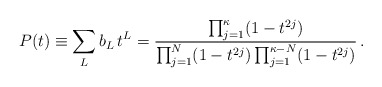
\begin{align*}P(t) \equiv \sum_L b_L \, t^L = \frac{\prod_{j=1}^\kappa (1-t^{2j})} {\prod_{j=1}^N (1-t^{2j}) \prod_{j=1}^{\kappa-N} (1-t^{2j})} \, .\end{align*}